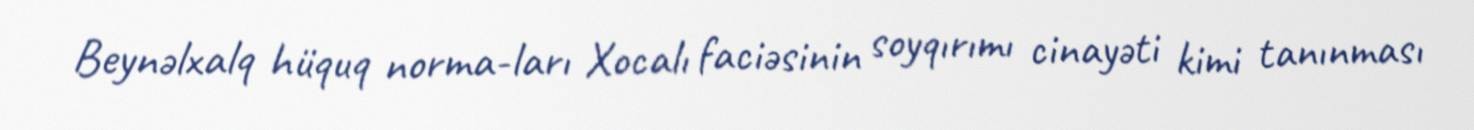
Beynəlxalq hüquq norma­ları Xocalı faciəsinin soyqırımı cinayəti kimi tanınması